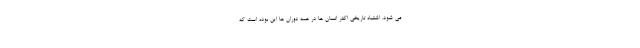
می شود. اشتباه تاریخی اکثر انسان ها در همه دوران ها این بوده است که